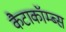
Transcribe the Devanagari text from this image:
कैटाकॉम्ब्स